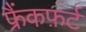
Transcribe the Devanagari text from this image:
फ्रैंकफ़र्ट